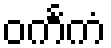
ဝင်္ကကံ